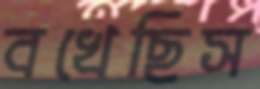
বখেছিস